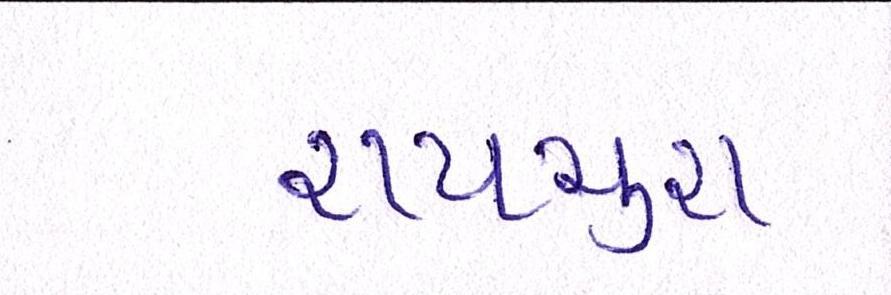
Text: રાયચુરા